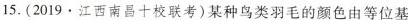
15.(2019.江西南昌十校联考)某种鸟类羽毛的颜色由等位基